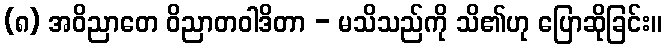
(၈) အဝိညာတေ ဝိညာတဝါဒိတာ - မသိသည်ကို သိ၏ဟု ပြောဆိုခြင်း။